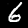
Digit: 6